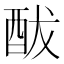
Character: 䣮